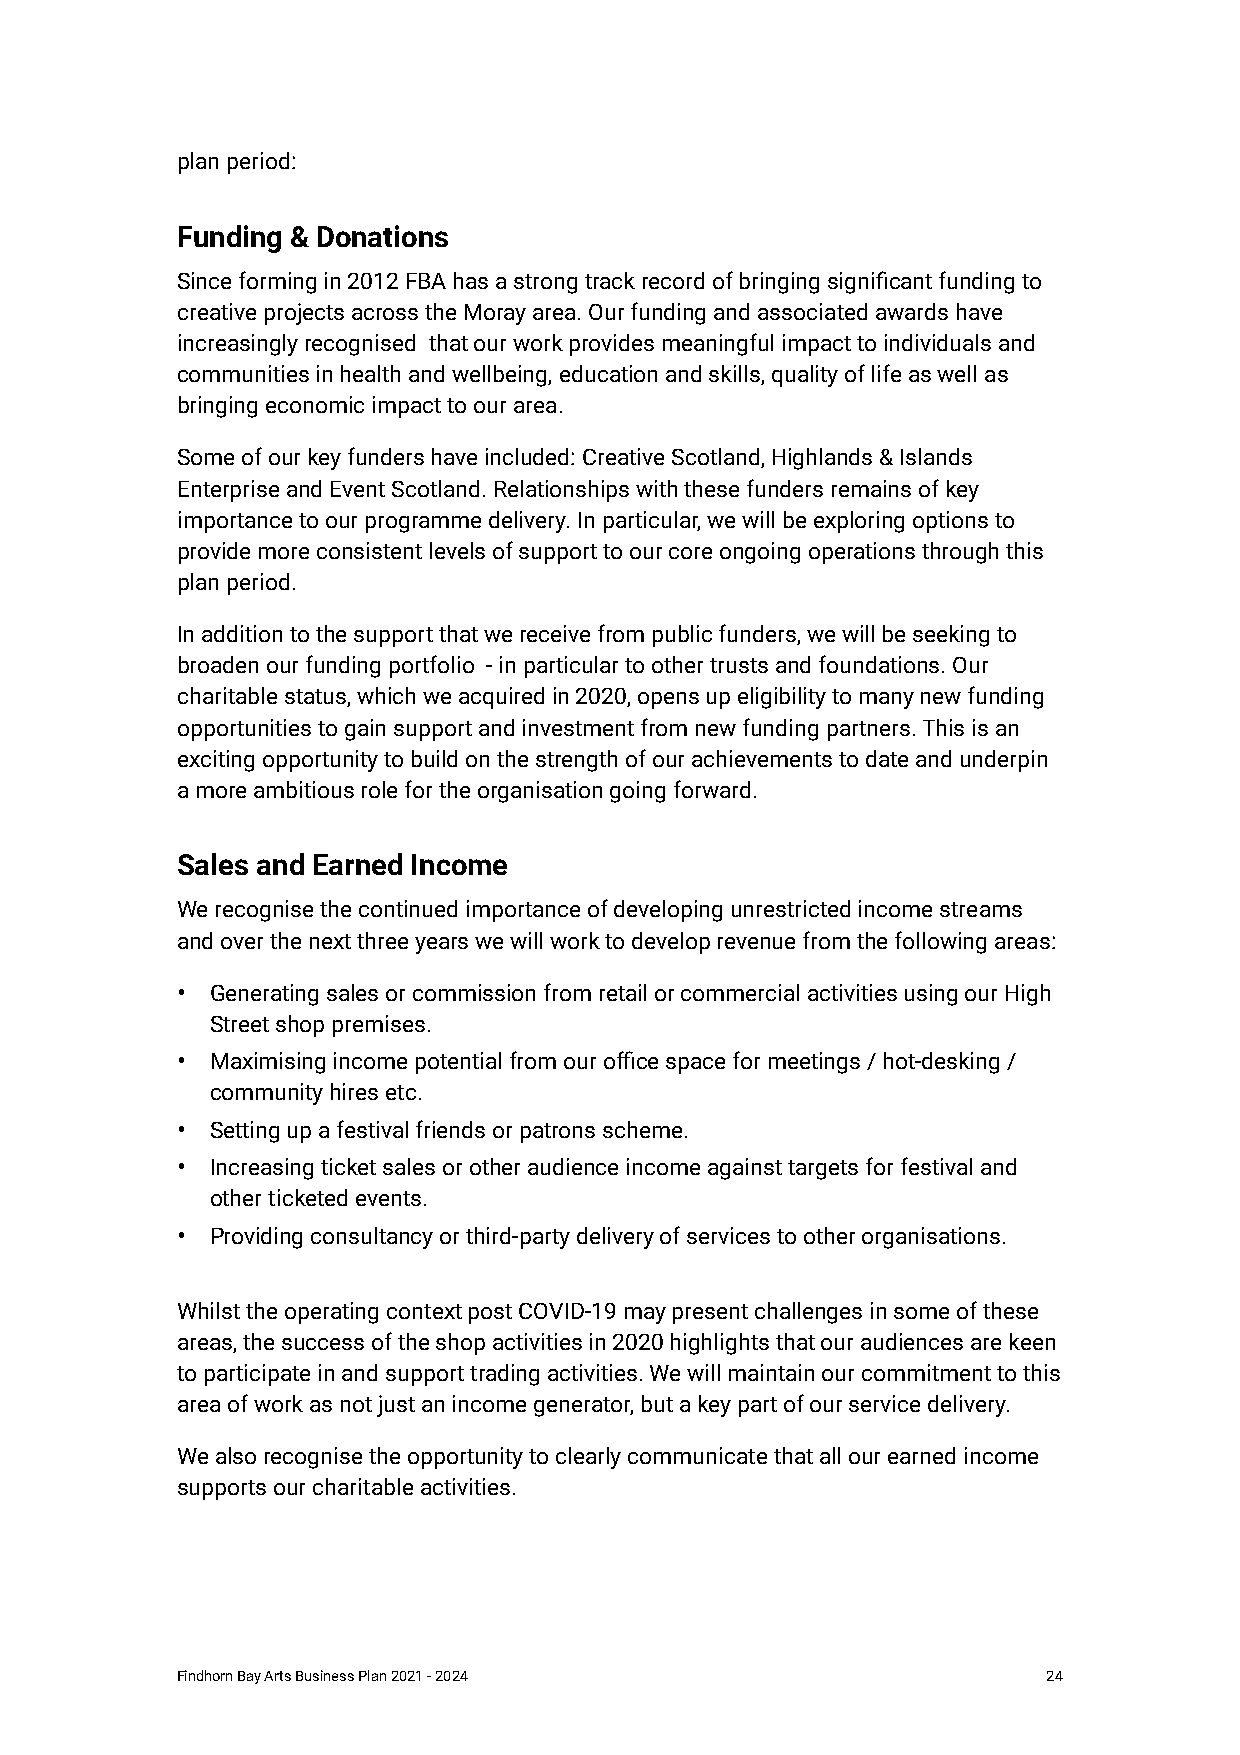
plan period:
 Funding & Donations
 Since forming in 2012 FBA has a strong track record of bringing significant funding to
 creative projects across the Moray area. Our funding and associated awards have
 increasingly recognised that our work provides meaningful impact to individuals and
 communities in health and wellbeing, education and skills, quality of life as well as
 bringing economic impact to our area.
 Some of our key funders have included: Creative Scotland, Highlands & Islands
 Enterprise and Event Scotland. Relationships with these funders remains of key
 importance to our programme delivery. In particular, we will be exploring options to
 provide more consistent levels of support to our core ongoing operations through this
 plan period.
 In addition to the support that we receive from public funders, we will be seeking to
 broaden our funding portfolio - in particular to other trusts and foundations. Our
 charitable status, which we acquired in 2020, opens up eligibility to many new funding
 opportunities to gain support and investment from new funding partners. This is an
 exciting opportunity to build on the strength of our achievements to date and underpin
 a more ambitious role for the organisation going forward.
 Sales and Earned Income
 We recognise the continued importance of developing unrestricted income streams
 and over the next three years we will work to develop revenue from the following areas:
 • Generating sales or commission from retail or commercial activities using our High
 Street shop premises.
 • Maximising income potential from our office space for meetings / hot-desking /
 community hires etc.
 • Setting up a festival friends or patrons scheme.
 • Increasing ticket sales or other audience income against targets for festival and
 other ticketed events.
 • Providing consultancy or third-party delivery of services to other organisations.
 Whilst the operating context post COVID-19 may present challenges in some of these
 areas, the success of the shop activities in 2020 highlights that our audiences are keen
 to participate in and support trading activities. We will maintain our commitment to this
 area of work as not just an income generator, but a key part of our service delivery.
 We also recognise the opportunity to clearly communicate that all our earned income
 supports our charitable activities.
 Findhorn Bay Arts Business Plan 2021 - 2024              24